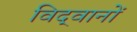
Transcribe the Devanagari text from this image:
विद्‍वानों